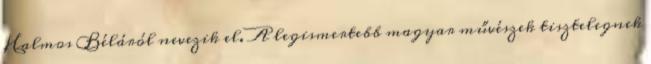
Halmos Béláról nevezik el. A legismertebb magyar művészek tisztelegnek